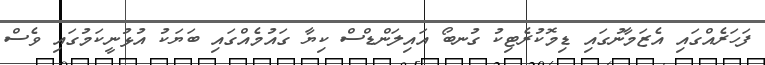
ފަހަރެއްގައި އެޒަމާނުގައި ޑިމޮކުރެޓިކު ގުނބޯ އައިލަންޑްސް ކިޔާ ގައުމެއްގައި ބަޔަކު އުޅުނީކަމުގައި ވެސް